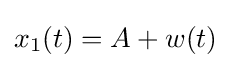
x_{1}(t)=A+w(t)